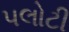
પલોટી